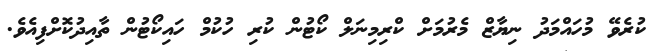
ކުރެވޭ މުހައްމަދު ނިޔާޒް މެރުމަށް ކްރިމިނަލް ކޯޓުން ކުރި ހުކުމް ހައިކޯޓުން ތާއިދުކޮށްފިއެވެ.